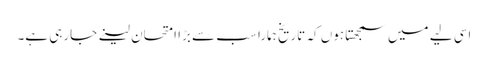
اسی لیے میں سمجھتا ہوں کہ تاریخ ہمارا سب سے بڑا امتحان لینے جارہی ہے۔